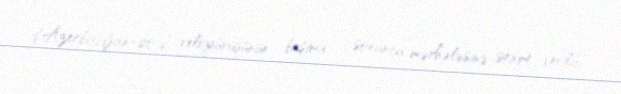
d’Azerbaïdjan-2016” veloyürüşünün beşinci - sonuncu mərhələsinə start verilib.